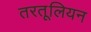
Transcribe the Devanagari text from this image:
तरतूलियन